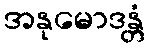
အနုမောဒန္တံ